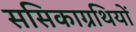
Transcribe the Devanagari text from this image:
ससिकाग्रथियों